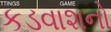
કડવાશનો